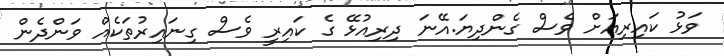
ވަޅު ކައިރިއަށް ވެސް ގެންދިޔަ.އޭނަ ދިރިއުޅޭ ގެ ކައިރީ ވެސް ގިނައިރުތަކެއް ވަންދެން